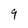
Character: 9